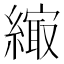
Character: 𦄎